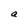
Character: a